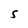
Character: S